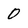
Character: 0